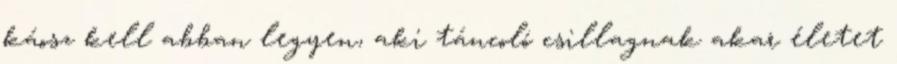
káosz kell abban legyen, aki táncoló csillagnak akar életet